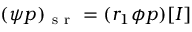
( \psi p ) _ { \mathrm { ~ s ~ r ~ } } = ( r _ { 1 } \phi p ) [ I ]